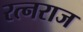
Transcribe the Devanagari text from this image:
रत्नराज